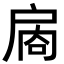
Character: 𪭙